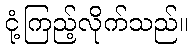
ငုံ့ကြည့်လိုက်သည်။